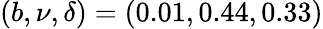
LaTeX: (b,\nu,\delta)=(0.01,0.44,0.33)